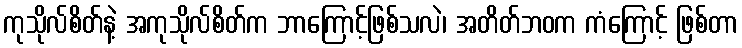
ကုသိုလ်စိတ်နဲ့ အကုသိုလ်စိတ်က ဘာကြောင့်ဖြစ်သလဲ၊ အတိတ်ဘဝက ကံကြောင့် ဖြစ်တာ